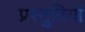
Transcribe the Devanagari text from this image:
प्रस्‍तुतियां